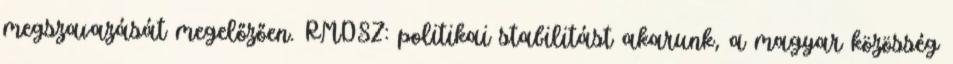
megszavazását megelőzően. RMDSZ: politikai stabilitást akarunk, a magyar közösség